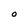
Character: O